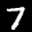
Label: 7